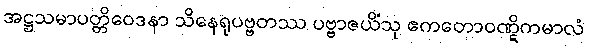
အဋ္ဌသမာပတ္တိဝေဒနာ သိနေရုပဗ္ဗတဿ ပဗ္ဗာဇယိံသု ဧကတောဝဏ္ဋိကမာလံ